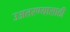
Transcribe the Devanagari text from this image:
उअतरण्यासाठी